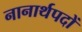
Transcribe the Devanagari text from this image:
नानार्थपदों